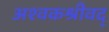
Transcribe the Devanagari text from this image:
अश्वकश्रीवद्‌